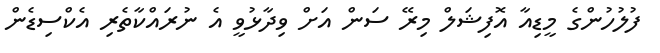
ފުލުހުންގެ މީޑިއާ އޮފިޝަލް މިރޭ ސަން އަށް ވިދާޅުވީ އެ ނުރައްކާތެރި އެކްސިޑެން